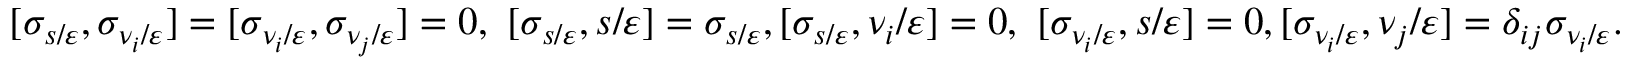
[ \sigma _ { s / \varepsilon } , \sigma _ { \nu _ { i } / \varepsilon } ] = [ \sigma _ { \nu _ { i } / \varepsilon } , \sigma _ { \nu _ { j } / \varepsilon } ] = 0 , \ [ \sigma _ { s / \varepsilon } , s / \varepsilon ] = \sigma _ { s / \varepsilon } , [ \sigma _ { s / \varepsilon } , \nu _ { i } / \varepsilon ] = 0 , \ [ \sigma _ { \nu _ { i } / \varepsilon } , s / \varepsilon ] = 0 , [ \sigma _ { \nu _ { i } / \varepsilon } , \nu _ { j } / \varepsilon ] = \delta _ { i j } \sigma _ { \nu _ { i } / \varepsilon } .